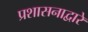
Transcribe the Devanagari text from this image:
प्रशासनाद्वारे